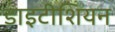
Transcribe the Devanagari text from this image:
डाइटीशियन